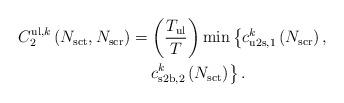
LaTeX: \begin{align*}C^{\mathrm{ul},k}_{2}\left( N_{\mathrm{sct}}, N_{\mathrm{scr}} \right) & = \left(\frac{T_{\mathrm{ul}}}{T}\right) \min\left\lbrace c^k_{\mathrm{u2s},1} \left( N_{\mathrm{scr}} \right), \right. \\ & \,\,\,\,\,\, \left. c^k_{\mathrm{s2b},2} \left(N_{\mathrm{sct}}\right) \right\rbrace.\end{align*}